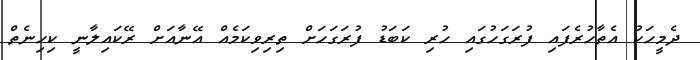
ދެމީހަކު އެތާހުރެފައި ފުރަގަހުގައި ހުރި ކަބަޑު ފުރަގަހަށް ތިރިވިކަމެއް އޭނާއަށް ރޭކައިލާނީ ކިހިނެތް